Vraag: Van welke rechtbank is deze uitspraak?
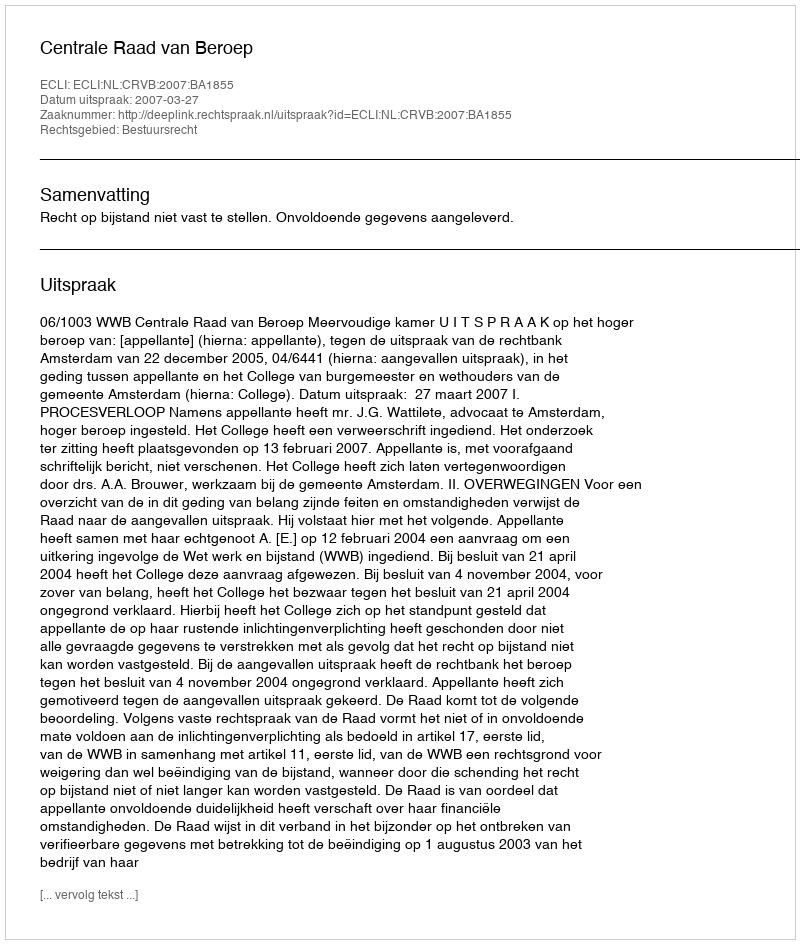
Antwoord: Centrale Raad van Beroep